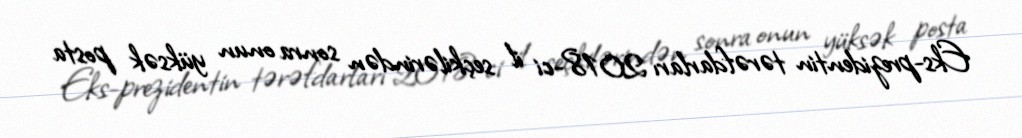
Eks-prezidentin tərəfdarları 2018-ci il seçkilərindən sonra onun yüksək posta